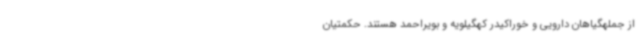
از جملهگیاهان دارویی و خوراکیدر کهگیلویه و بویراحمد هستند. حکمتیان